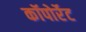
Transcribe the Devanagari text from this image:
कॉपोर्रेट